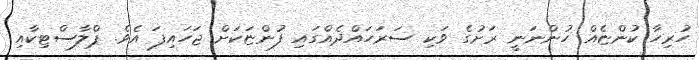
ހުރިހާ ކުންޏެއް ހުންނަނީ ރަށުގެ ވަކި ސަރަހައްދެއްގައި ފުންޏަކަށް ޖަހައިފަ އެވެ. ޕްލާސްޓިކާއި